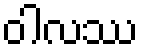
ဝါလဿ